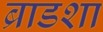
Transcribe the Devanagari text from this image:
ब्राडशा